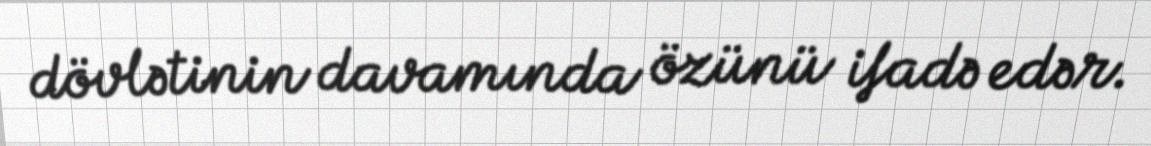
dövlətinin davamında özünü ifadə edər.